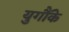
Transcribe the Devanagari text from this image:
युगौंके